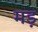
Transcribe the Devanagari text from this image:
मड़